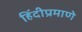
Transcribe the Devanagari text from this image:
हिंदीप्रमाणे